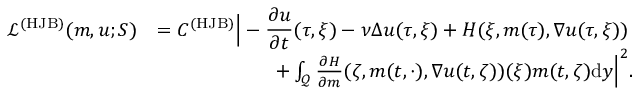
\begin{array} { r l } { \mathcal { L } ^ { ( { \mathrm { H J B } } ) } ( m , u ; S ) } & { = C ^ { ( { \mathrm { H J B } } ) } \Big | \displaystyle - \frac { \partial u } { \partial t } ( \tau , \xi ) - \nu \Delta u ( \tau , \xi ) + H ( \xi , m ( \tau ) , \nabla u ( \tau , \xi ) ) } \\ & { \qquad \qquad \qquad + \int _ { \mathcal { Q } } \frac { \partial H } { \partial m } ( \zeta , m ( t , \cdot ) , \nabla u ( t , \zeta ) ) ( \xi ) m ( t , \zeta ) \mathrm { d } y \Big | ^ { 2 } . } \end{array}